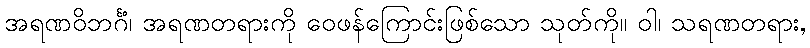
အရဏဝိဘင်္ဂံ၊ အရဏတရားကို ဝေဖန်ကြောင်းဖြစ်သော သုတ်ကို။ ဝါ၊ သရဏတရား,